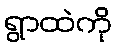
ရွာထဲကို